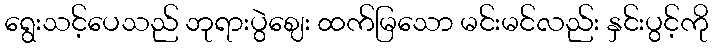
ရွေးသင့်ပေသည် ဘုရားပွဲဈေး ထက်မြသော မင်းမင်လည်း နှင်းပွင့်ကို